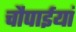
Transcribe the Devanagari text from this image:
चौपाईयां